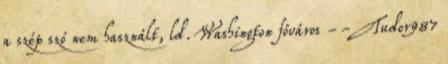
a szép szó nem használt, ld. Washington főváros --Tudor987